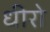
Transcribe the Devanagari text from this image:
धीरो